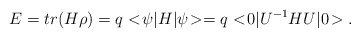
\begin{align*}E = tr(H\rho) = q<\!\psi|H|\psi\!> = q<\!0|U^{-1}HU|0\!>. \end{align*}